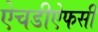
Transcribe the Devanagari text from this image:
ऐचडीऐफसी